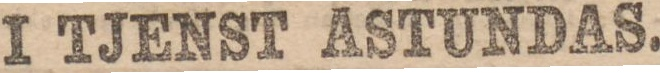
I TJENST ASTUNDAS.